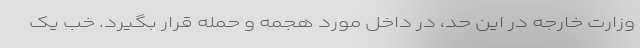
وزارت خارجه در این حد، در داخل مورد هجمه و حمله قرار بگیرد. خب یک